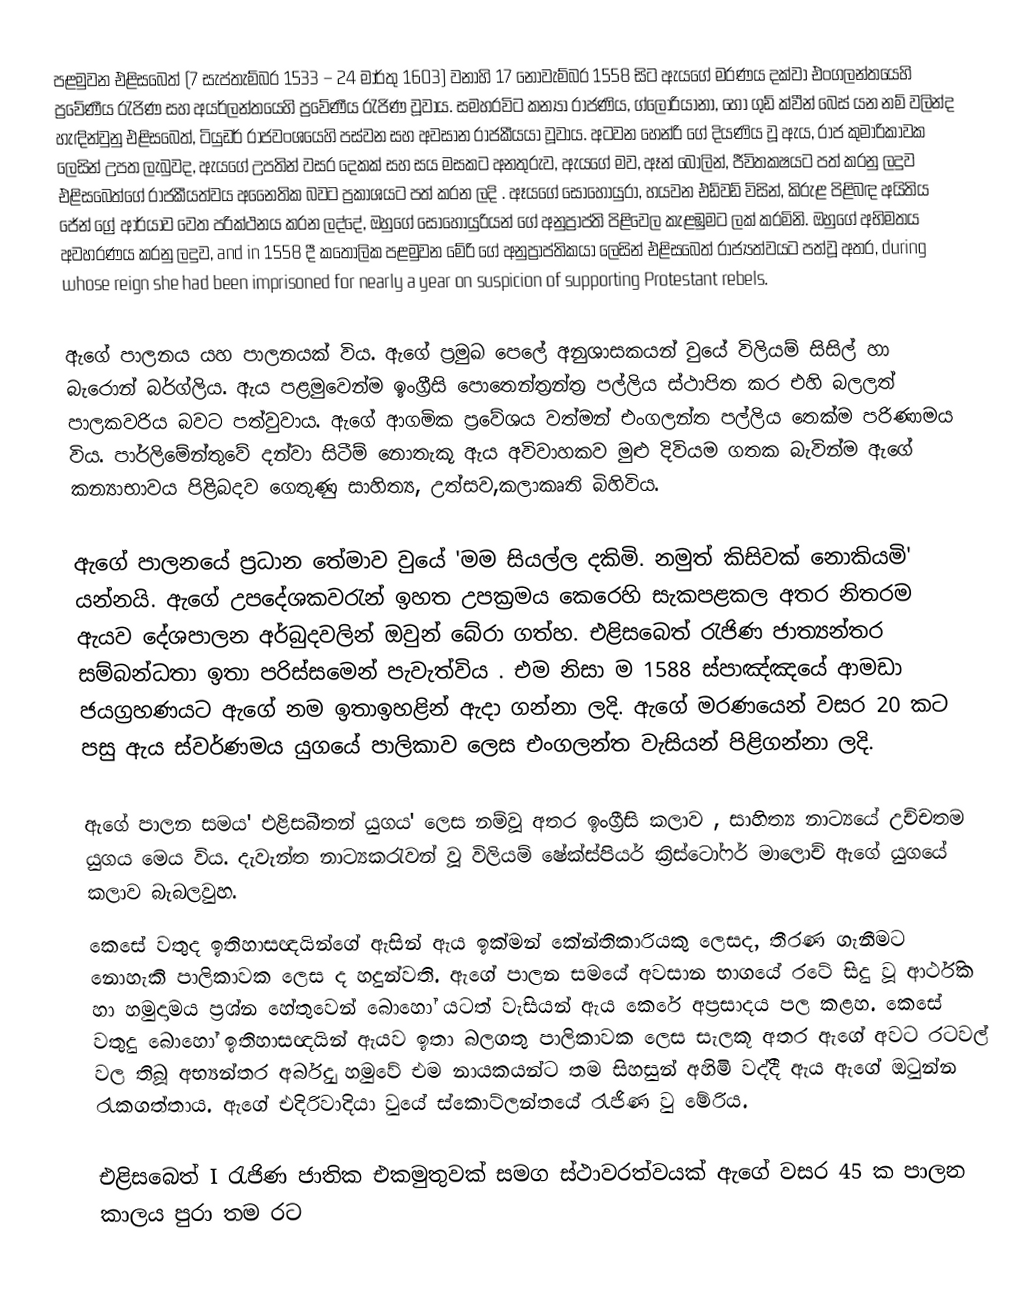
පළමුවන එළිසබෙත් (7 සැප්තැම්බර 1533 – 24 මාර්තු 1603) වනාහි 17 නොවැම්බර 1558 සි‍ට ඇයගේ මරණය දක්වා එංගලන්තයෙහි ප්‍රවේණීය රැජිණ සහ අයර්ලන්තයෙහි ප්‍රවේණීය රැජිණ වූවාය. සමහරවිට කන්‍යා රාජණිය, ග්ලෝරියානා, හෝ ගුඩ් ක්වීන් බෙස් යන නම් වලින්ද හැඳින්වුනු එළිසබෙත්, ටියුඩර් රාජවංශයෙහි පස්වන සහ අවසාන රාජකීයයා වූවාය. අටවන හෙන්රි ගේ දියණිය වූ ඇය, රාජ කුමාරිකාවක ලෙසින් උපත ලැබුවද, ඇයගේ උපතින් වසර දෙකක් සහ සය මසකට අනතුරුව, ඇයගේ මව, ඈන් බෝලින්, ජීවිතක‍්ෂයට පත් කරනු ලදුව එළිසබෙත්ගේ රාජකීයත්වය අනෛතික බවට ප්‍රකාශයට පත් කරන ලදි . ඈයගේ සොහොයුරා, හයවන එඩ්වඩ් විසින්, කිරුළ පිළිබඳ අයිතිය ජේන් ග්‍රේ ආර්යාව වෙත පරික්ථනය කරන ලද්දේ, ඔහුගේ සොහොයුරියන් ගේ අනුප්‍රාප්ති පිළිවෙල කැළඹුමට ලක් කරමිනි. ඔහුගේ අභිමතය අවහරණය කරනු ලදුව, and in 1558 දී කතෝලික පළමුවන මේරි ගේ අනුප්‍රාප්තිකයා ලෙසින් එළිසබෙත් රාජ්‍යත්වයට පත්වූ අතර, during whose reign she had been imprisoned for nearly a year on suspicion of supporting Protestant rebels.

ඇගේ පාලනය ‍යහ පාලනයක් විය. ඇගේ ප්‍රමුඛ ‍පෙලේ අනුශාසක‍යන් වුයේ විලියම් සිසිල් හා ‍බැරොන් බර්ග්ලිය. ඇය පළමුවෙන්ම ඉංග්‍රීසි පොතෙන්ත්‍රන්ත්‍ර පල්ලිය ස්ථාපිත කර එහි බලලත් පාලකවරිය බවට පත්වුවාය. ඇගේ ආගමික ප්‍රවේශය වත්මන් එංගලන්ත පල්ලිය තෙක්ම පරිණාමය විය. පාර්ලිමේන්තුවේ දන්වා සිටීම් නොතැකූ ඇය අවිවාහකව මුළු දිවියම ගතක බැවින්ම ඇගේ කන්‍යාභාවය පිළිබදව ගෙතුණු සාහිත්‍ය, උත්සව,කලාකෘති බිහිවිය.

ඇගේ පාලනයේ ප්‍රධාන තේමාව වුයේ 'මම සියල්ල දකිමි. නමුත් කිසිවක් නොකියමි' යන්නයි. ඇගේ උපදේශකවරැන් ඉහත උපක්‍රමය කෙරෙහි සැකපළකල අතර නිතරම ඇයව දේශපාලන අර්බුදවලින් ඔවුන් බේරා ගත්හ. එළිසබෙත් රැජිණ ජාත්‍යන්තර සම්බන්ධතා ඉතා පරිස්සමෙන් පැවැත්විය . එම නිසා ම 1588 ස්පාඤ්ඤයේ ආමඩා ජයග්‍රහණයට ඇගේ නම ඉතාඉහළින් ඇදා ගන්නා ලදි. ඇගේ මරණයෙන් වසර 20 කට පසු ඇය ස්වර්ණමය යුගයේ පාලිකාව ලෙස එංගලන්ත වැසියන් පිළිගන්නා ලදි.

ඇගේ පාලන සමය' එළිසබීතන් යුගය' ලෙස නම්වූ අතර ඉංග්‍රීසි කලාව , සාහිත්‍ය නාට්‍යයේ උච්චතම යුගය මෙය විය. දැවැන්ත නාට්‍යකරැවන් වූ විලියම් ෂේක්ස්පියර් ක්‍රිස්ටෝෆර් මා‍ලොච් ඇගේ යුගයේ කලාව බැබලවුහ.
කෙසේ වතුද ඉතිහාසඥයින්ගේ ඇසින් ඇය ඉක්මන් කේන්තිකාරියකු ලෙසද, තීරණ ගැනීමට නොහැකි පාලිකාවක ලෙස ද හදුන්වති. ඇගේ පාලන සමයේ අවසාන භාගයේ රටේ සිදු වූ ආර්ථික හා හමුදාමය ප්‍රශ්න හේතුවෙන් බොහෝ යටත් වැසියන් ඇය කෙරේ අප්‍රසාදය පල කළහ. කෙසේ වතුදු බොහෝ ඉතිහාසඥයින් ‍ඇයව ඉතා බලගතු පාලිකාවක ලෙස සැලකූ අතර ඇගේ අවට රටවල් වල තිබූ අභ්‍යන්තර අර්බුද හමුවේ එම නායකයන්ට තම සිහසුන් අහිමි වද්දී ඇය ඇගේ ඔටුන්න රැකගත්තාය. ඇගේ එදිරිවාදියා වුයේ ස්කොට්ලන්තයේ රැජිණ වු මේරිය.

එළිසබෙත් I රැජිණ ජාතික එකමුතුවක් සමග ස්ථාවරත්වයක් ඇගේ වසර 45 ක පාලන කාලය පුරා තම රට